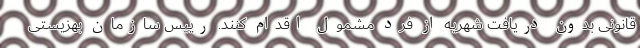
قانونی بدون دریافت شهریه از فرد مشمول اقدام کنند. رییس سازمان بهزیستی